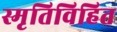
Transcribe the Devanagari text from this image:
स्मृतिविहित